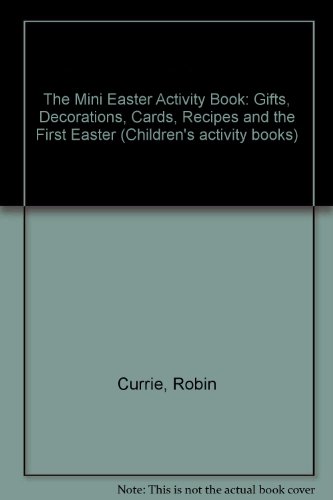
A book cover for The Mini Easter Activity Book: Gifts, Decorations, Cards, Recipes and the First Easter (Children's Activity Books); Robin Currie; Children's Books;